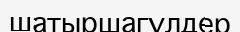
шатыршагүлдер